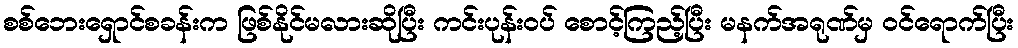
စစ်ဘေးရှောင်စခန်းက ဖြစ်နိုင်မလားဆိုပြီး ကင်းပုန်းဝပ် စောင့်ကြည့်ပြီး မနက်အရုဏ်မှ ဝင်ရောက်ပြီး